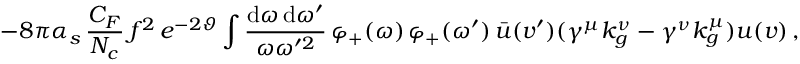
- 8 \pi \alpha _ { s } \, \frac { C _ { F } } { N _ { c } } \, f ^ { 2 } \, e ^ { - 2 \vartheta } \int \frac { \mathrm { d } \omega \, \mathrm { d } \omega ^ { \prime } } { \omega \omega ^ { \prime 2 } } \, \varphi _ { + } ( \omega ) \, \varphi _ { + } ( \omega ^ { \prime } ) \, \bar { u } ( v ^ { \prime } ) ( \gamma ^ { \mu } k _ { g } ^ { \nu } - \gamma ^ { \nu } k _ { g } ^ { \mu } ) u ( v ) \, ,